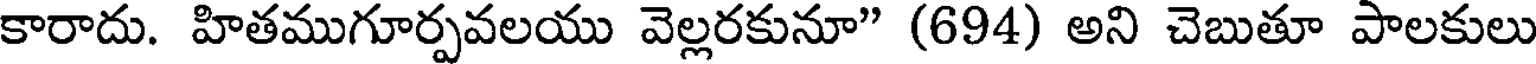
కారాదు. హితముగూర్పవలయు వెల్లరకునూ" (694) అని చెబుతూ పాలకులు